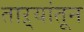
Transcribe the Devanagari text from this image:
ताऱ्यांतून